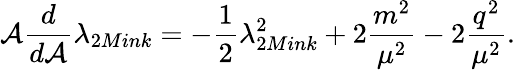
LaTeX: \mathcal{A}\frac{{d}}{{d\mathcal{A}}}\lambda_{2Mink}=-\frac{{1}}{{2}}\lambda_{2Mink}^{2}+2\frac{{m^{2}}}{{\mu^{2}}}-2\frac{{q^{2}}}{{\mu^{2}}}.